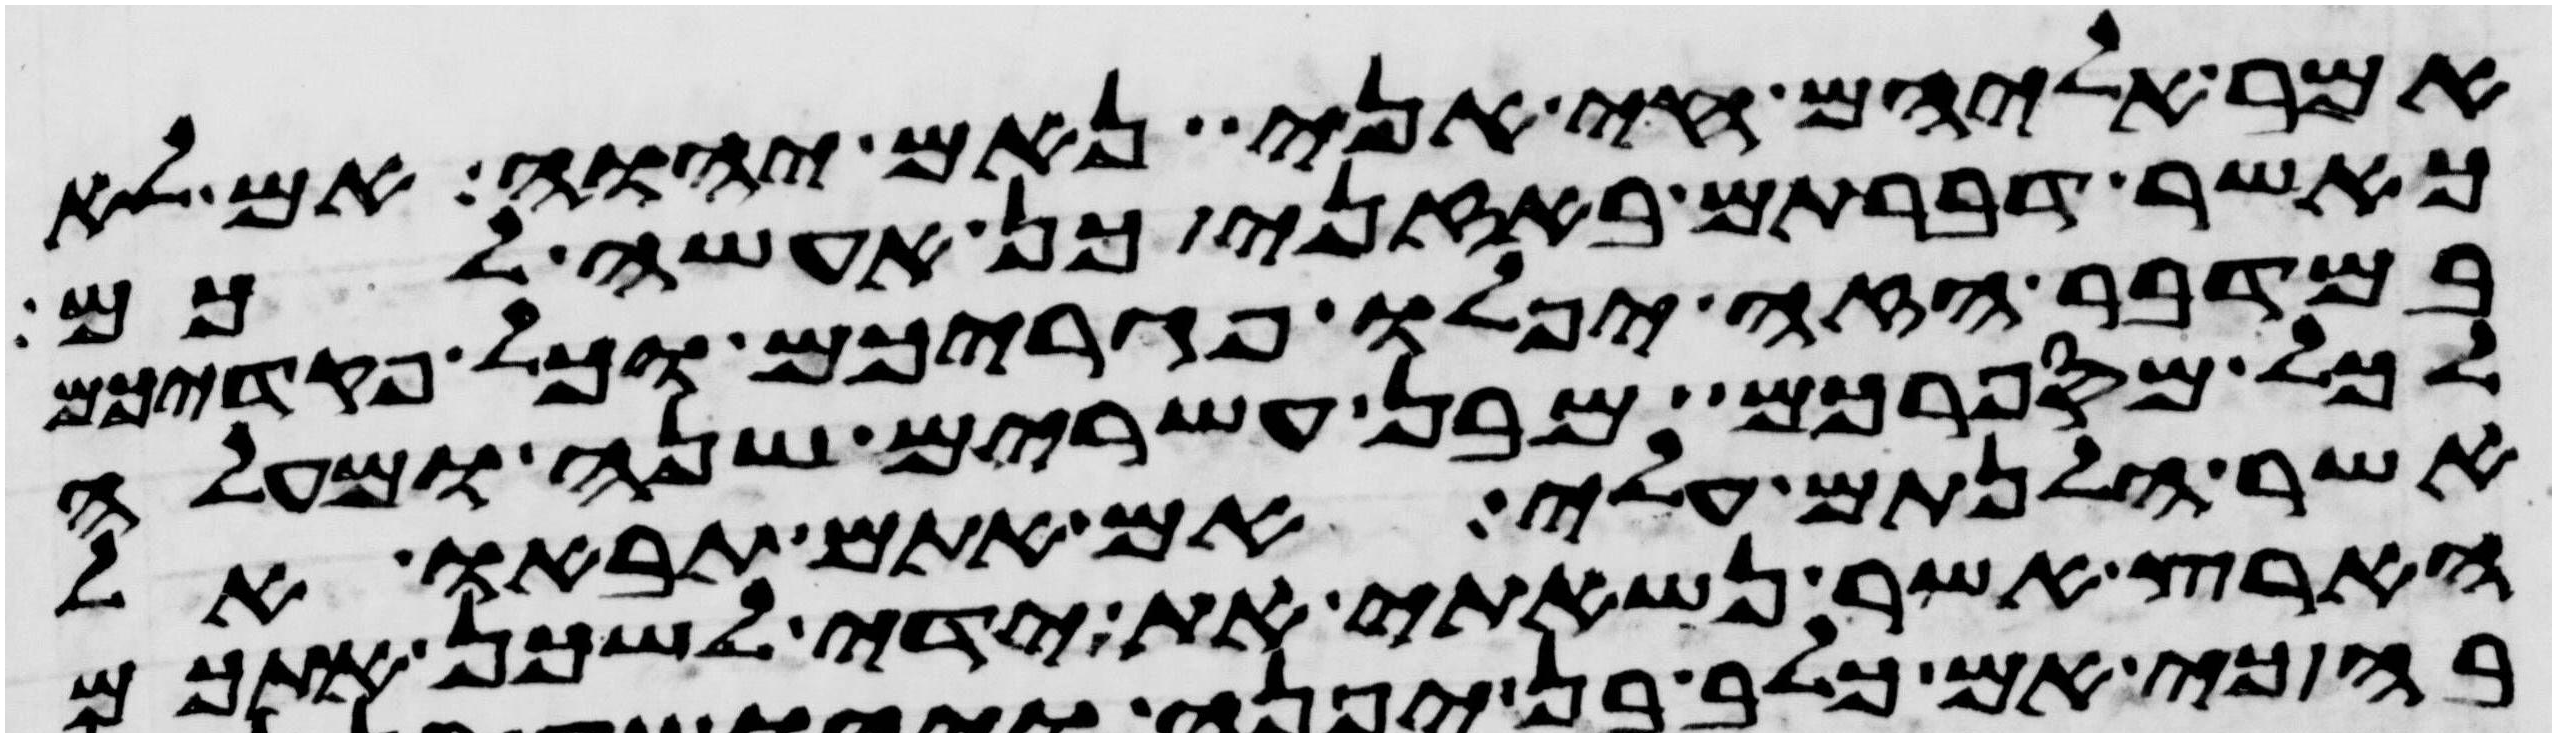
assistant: אמר אליהם חי אני נאם יהוה אם לא
כאשר דברתם באזני כן אעשה לכם
במדבר הזה יפלו פגריכם וכל פקדיכם
לכל מספרכם מבן עשרים שנה ומעלה
אשר הלנתם עלי אם אתם תבאו אל
הארץ אשר נשאתי את ידי לשכן אתכם